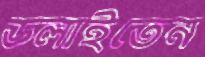
ডলাইতেন